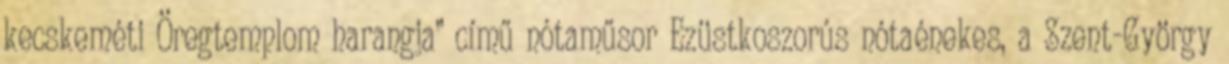
kecskeméti Öregtemplom harangja” című nótaműsor Ezüstkoszorús nótaénekes, a Szent-György